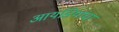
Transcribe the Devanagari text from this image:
आयडियांचा